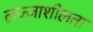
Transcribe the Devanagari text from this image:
लज्जाशीलता